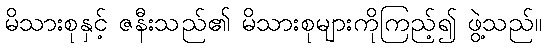
မိသားစုနှင့် ဇနီးသည်၏ မိသားစုများကိုကြည့်၍ ဖွဲ့သည်။